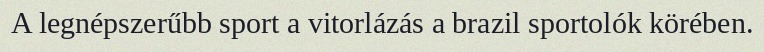
A legnépszerűbb sport a vitorlázás a brazil sportolók körében.